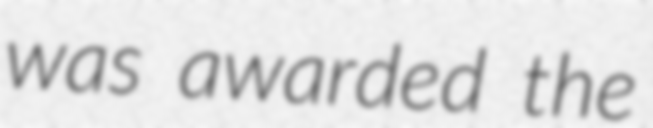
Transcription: was awarded the